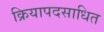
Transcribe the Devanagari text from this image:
क्रियापदसाधित